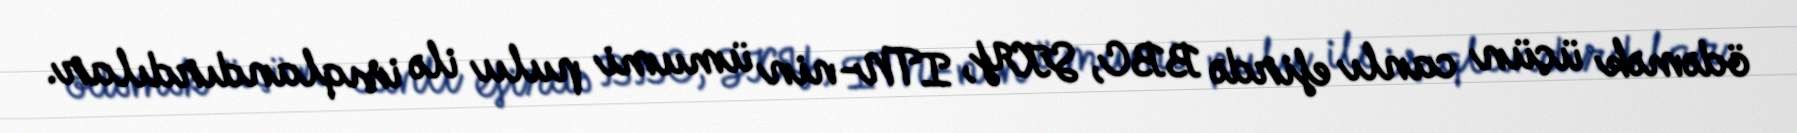
ödəmək üçün canlı efirdə BBC, SKY, ITN-nin ümumi pulu ilə işıqlandırdılar.